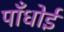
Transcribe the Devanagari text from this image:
पाँधोई